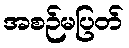
အစဉ်မပြတ်